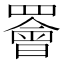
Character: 𫅋